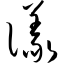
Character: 议